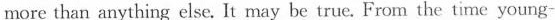
more than anything else. It may be true. From the time young-